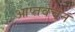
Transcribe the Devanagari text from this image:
आप्तवचन